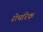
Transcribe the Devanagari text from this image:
रोथरिक